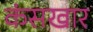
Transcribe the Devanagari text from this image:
कंसखार